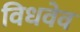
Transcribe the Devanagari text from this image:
विधवेव